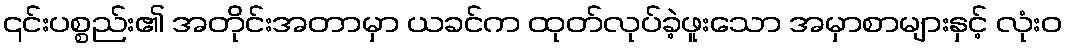
၎င်းပစ္စည်း၏ အတိုင်းအတာမှာ ယခင်က ထုတ်လုပ်ခဲ့ဖူးသော အမှာစာများနှင့် လုံးဝ